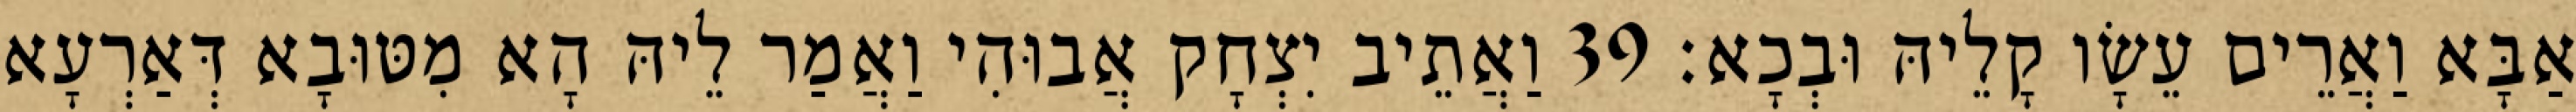
אַבָּא וַאֲרֵים עֵשָׂו קָלֵיהּ וּבְכָא׃ 39 וַאֲתֵיב יִצְחָק אֲבוּהִי וַאֲמַר לֵיהּ הָא מִטּוּבָא דְּאַרְעָא